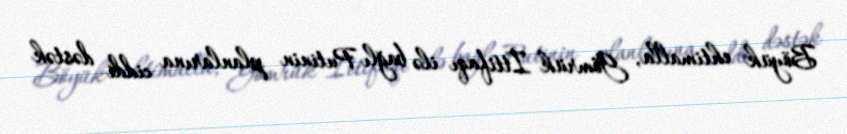
Böyük ehtimalla, Gömrük İttifaqı ilə bağlı Putinin planlarına ciddi dəstək